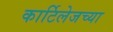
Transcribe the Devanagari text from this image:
कार्टिलेजच्या